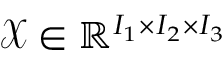
\mathcal { X } \in \mathbb { R } ^ { I _ { 1 } \times I _ { 2 } \times I _ { 3 } }